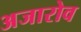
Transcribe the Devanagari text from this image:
अजारोव